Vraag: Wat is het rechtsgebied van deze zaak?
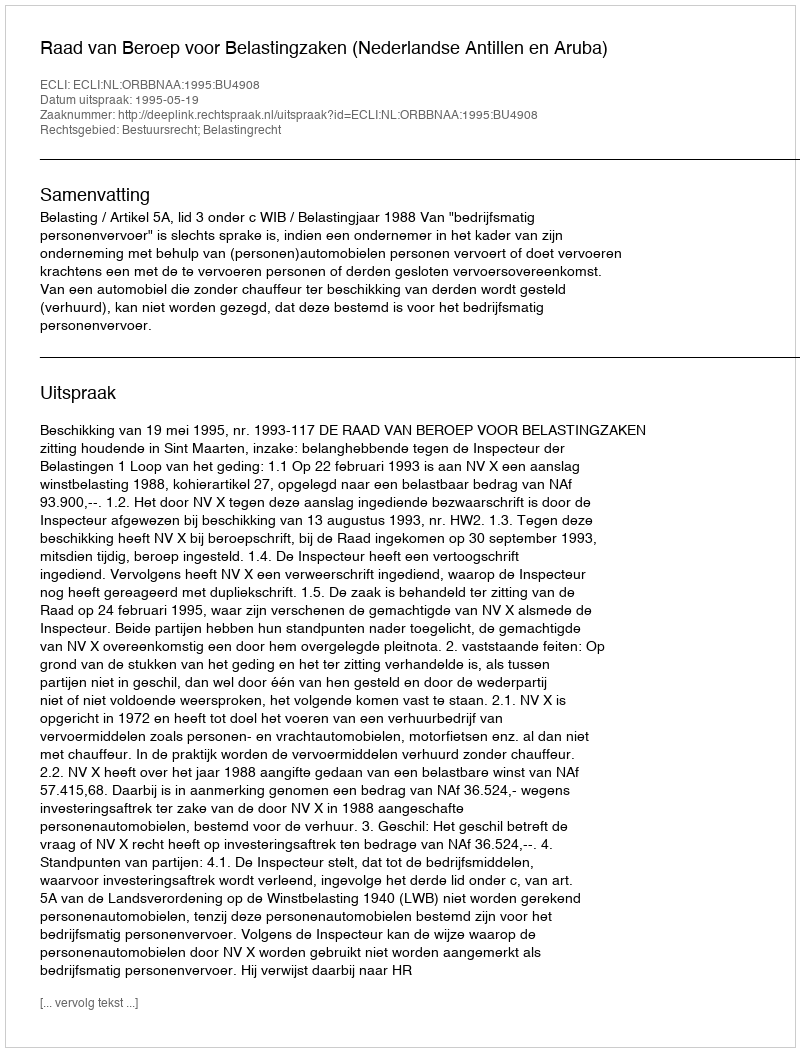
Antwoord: Bestuursrecht; Belastingrecht